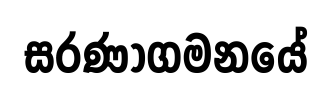
සරණාගමනයේ